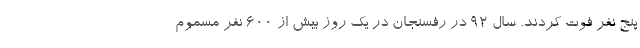
پنج نفر فوت کردند. سال 92 در رفسنجان در یک روز بیش از 600 نفر مسموم